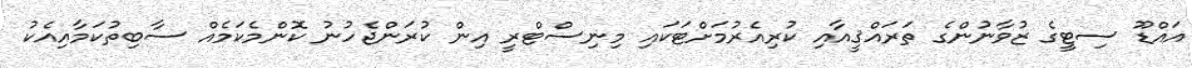
އައްޑޫ ސިޓީގެ ޒުވާނުންގެ ތަރައްޤީއާއި ކުރިއެރުމަށްޓަކައި މިނިސްޓްރީ އިން ކުރަންޖެހުނު ކޮންމެކަމެއް ސާބިތުކަމާއިއެކު